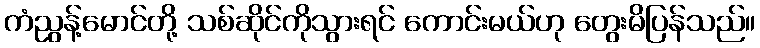
ကံညွန့်မောင်တို့ သစ်ဆိုင်ကိုသွားရင် ကောင်းမယ်ဟု တွေးမိပြန်သည်။